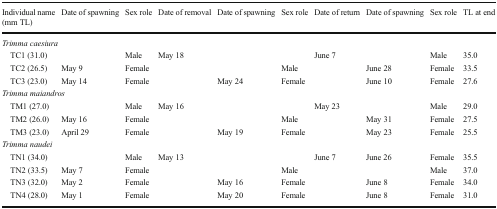
<table><thead><tr><td><b>Individual name (mm TL)</b></td><td><b>Date of spawning</b></td><td><b>Sex role</b></td><td><b>Date of removal</b></td><td><b>Date of spawning</b></td><td><b>Sex role</b></td><td><b>Date of return</b></td><td><b>Date of spawning</b></td><td><b>Sex role</b></td><td><b>TL at end</b></td></tr></thead><tbody><tr><td colspan="10"><i>Trimma caesiura</i></td></tr><tr><td> TC1 (31.0)</td><td></td><td>Male</td><td>May 18</td><td></td><td></td><td>June 7</td><td></td><td>Male</td><td>35.0</td></tr><tr><td> TC2 (26.5)</td><td>May 9</td><td>Female</td><td></td><td></td><td>Male</td><td></td><td>June 28</td><td>Female</td><td>33.5</td></tr><tr><td> TC3 (23.0)</td><td>May 14</td><td>Female</td><td></td><td>May 24</td><td>Female</td><td></td><td>June 10</td><td>Female</td><td>27.6</td></tr><tr><td colspan="10"><i>Trimma maiandros</i></td></tr><tr><td> TM1 (27.0)</td><td></td><td>Male</td><td>May 16</td><td></td><td></td><td>May 23</td><td></td><td>Male</td><td>29.0</td></tr><tr><td> TM2 (26.0)</td><td>May 16</td><td>Female</td><td></td><td></td><td>Male</td><td></td><td>May 31</td><td>Female</td><td>27.5</td></tr><tr><td> TM3 (23.0)</td><td>April 29</td><td>Female</td><td></td><td>May 19</td><td>Female</td><td></td><td>May 23</td><td>Female</td><td>25.5</td></tr><tr><td colspan="10"><i>Trimma naudei</i></td></tr><tr><td> TN1 (34.0)</td><td></td><td>Male</td><td>May 13</td><td></td><td></td><td>June 7</td><td>June 26</td><td>Female</td><td>35.5</td></tr><tr><td> TN2 (33.5)</td><td>May 7</td><td>Female</td><td></td><td></td><td>Male</td><td></td><td></td><td>Male</td><td>37.0</td></tr><tr><td> TN3 (32.0)</td><td>May 2</td><td>Female</td><td></td><td>May 16</td><td>Female</td><td></td><td>June 8</td><td>Female</td><td>34.0</td></tr><tr><td> TN4 (28.0)</td><td>May 1</td><td>Female</td><td></td><td>May 20</td><td>Female</td><td></td><td>June 8</td><td>Female</td><td>31.0</td></tr></tbody></table>